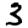
Digit: 3